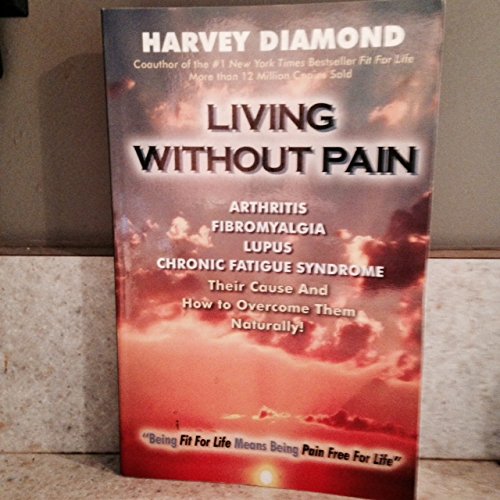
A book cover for Living Without Pain; Harvey Diamond; Health, Fitness & Dieting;